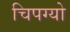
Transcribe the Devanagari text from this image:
चिपग्यो